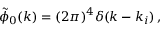
\tilde { \phi } _ { 0 } ( k ) = ( 2 \pi ) ^ { 4 } \delta ( k - k _ { i } ) \, ,